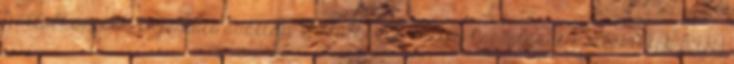
Vállalkozások Bejelentő adatlap- vállalkozás esetén Csatolandó mellékletek 54 54